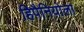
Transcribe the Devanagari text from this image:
हिपैनियोला